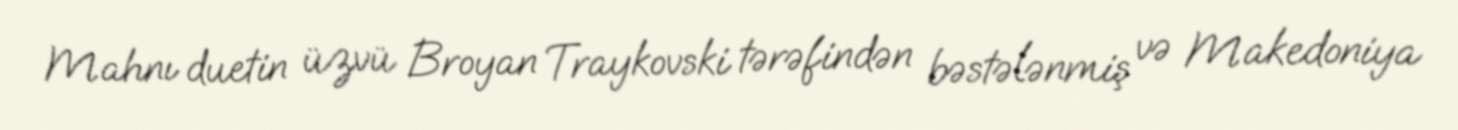
Mahnı duetin üzvü Broyan Traykovski tərəfindən bəstələnmiş və Makedoniya